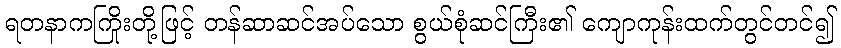
ရတနာကကြိုးတို့ဖြင့် တန်ဆာဆင်အပ်သော စွယ်စုံဆင်ကြီး၏ ကျောကုန်းထက်တွင်တင်၍